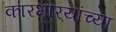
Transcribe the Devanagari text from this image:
कारभार्‍यांच्या